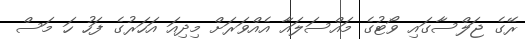
ރޭގެ ޖަލްސާގައި ވޯޓުގެ މައްސަލައާ އެއްވަރަށް މިދިއަ އަހަރުގެ ފަހު ހަ މަސް